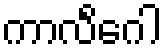
ကာလိင်္ဂေါ